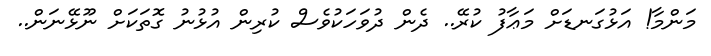
މަންމާ! އަޅުގަނޑަށް މަޢާފު ކުރޭ.. ދެން ދުވަހަކުވެސް ކުރިން އުޅުނު ގޮތަކަށް ނޫޅޭނަން..